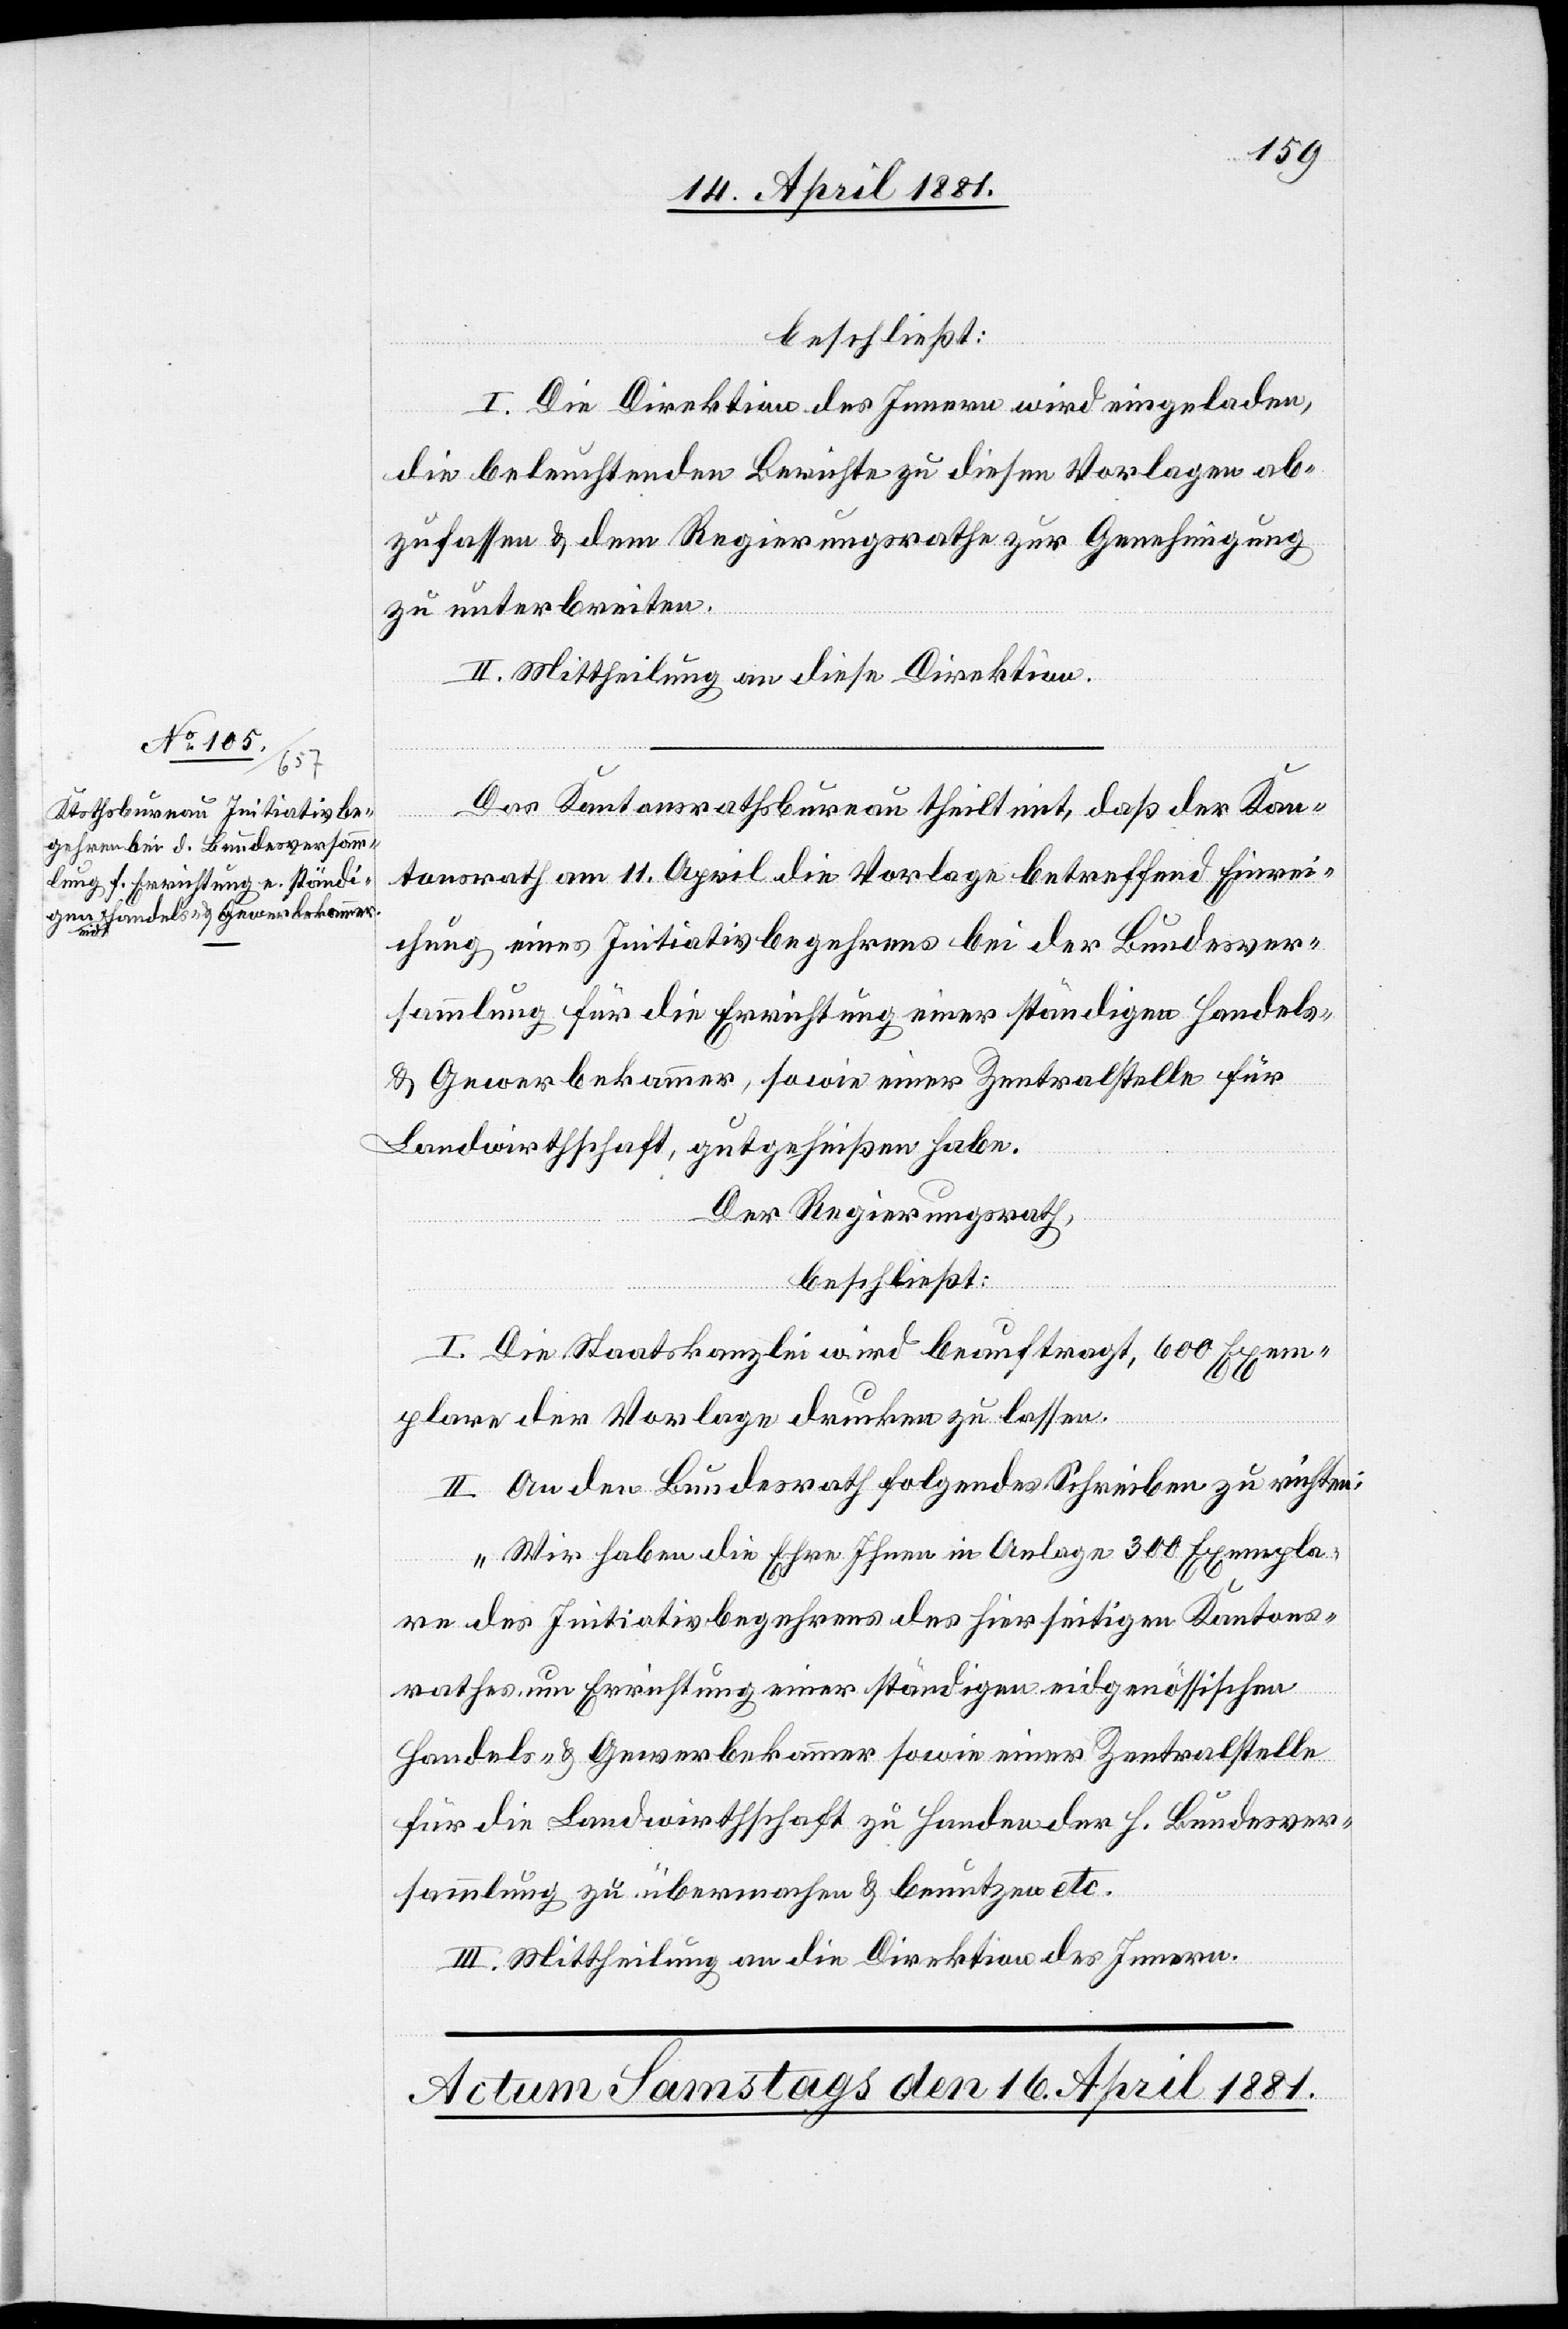
beschließt:
I. Die Direktion des Innern wird eingeladen,
die beleuchtenden Berichte zu diesen Vorlagen ab¬
zufassen & dem Regierungsrathe zur Genehmigung
zu unterbreiten.
II. Mittheilung an diese Direktion.
Das Kantonsrathsbureau theilt mit, daß der Kan¬
tonsrath am 11. April die Vorlage betreffend Einrei¬
chung eines Initiativbegehrens bei der Bundesver¬
sammlung für die Errichtung einer ständigen Handels-
& Gewerbekammer, sowie einer Zentralstelle für
Landwirthschaft gutgeheißen habe.
Der Regierungsrath,
beschließt:
I. Die Staatskanzlei wird beauftragt, 600 Exem¬
plare der Vorlage drucken zu lassen.
II. An den Bundesrath folgendes Schreiben zu richten:
„Wir haben die Ehre Ihnen in Anlage 300 Exempla¬
re des Initiativbegehrens des hierseitigen Kantons¬
rathes, um Errichtung einer ständigen eidgenössischen
Handels- & Gewerbekammer sowie einer Zentralstelle
für die Landwirthschaft zu Handen der H. Bundesver¬
sammlung zu übermachen & benutzen etc.